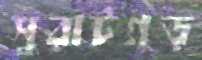
সুরাটগড়